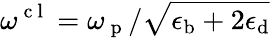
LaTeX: \omega^{\mathrm{~c~l~}}=\omega_{\mathrm{~p~}}/\sqrt{\epsilon_{\mathrm{b}}+2\epsilon_{\mathrm{d}}}